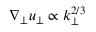
\nabla _ { \perp } u _ { \perp } \propto k _ { \perp } ^ { 2 / 3 }